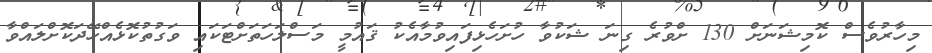
މިހާރުވެސް ކޮމިޝަނަށް 130 ށްވުރެ ގިނަ ޝަކުވާ ހުށަހެޅިފައިވުމާއެކު ޤައުމީ މަސްލަހަތަށްޓަކައި ވަގުތުކޮޅެއްހޭދަކޮށްލައްވާ